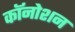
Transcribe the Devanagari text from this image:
कॉनोशन